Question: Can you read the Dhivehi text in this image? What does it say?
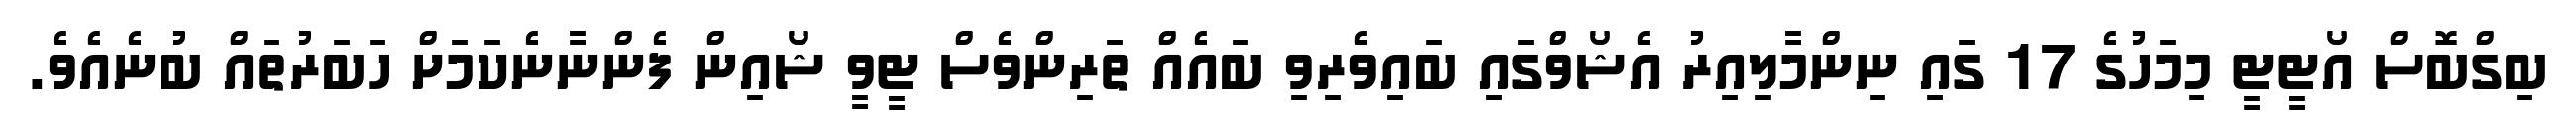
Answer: ބިގްބޮސް އޯޓީޓީ މިމަހުގެ 17 ގައި ނިންމާލިއިރު އެޝޯވްގައި ބައިވެރިވި ބައެއް ތަރިންވެސް ޓީވީ ޝޯއިން ފެންނާނެކަމަށް ހަބަރުތައް ބުނެއެވެ.